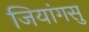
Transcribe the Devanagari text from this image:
जियांगसु